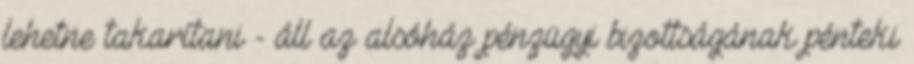
lehetne takarítani - áll az alsóház pénzügyi bizottságának pénteki